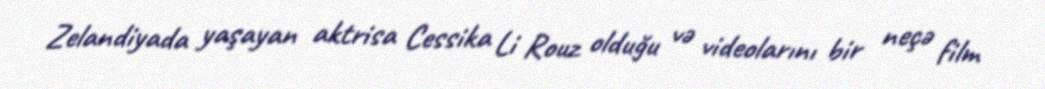
Zelandiyada yaşayan aktrisa Cessika Li Rouz olduğu və videolarını bir neçə film